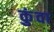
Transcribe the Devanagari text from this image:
कुंवा